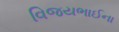
વિજયભાઈના